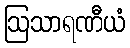
ဩသာရဏီယံ